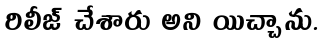
రిలీజ్ చేశారు అని యిచ్చాను.